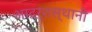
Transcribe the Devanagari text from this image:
आदर्शस्थानी